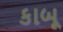
કાબૂ